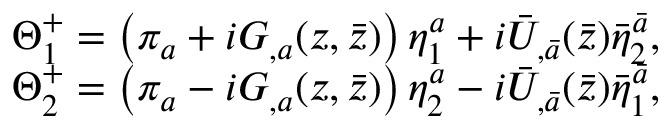
\begin{array} { c } { { \Theta _ { 1 } ^ { + } = \left( \pi _ { a } + i G _ { , a } ( z , \bar { z } ) \right) \eta _ { 1 } ^ { a } + i { \bar { U } } _ { , \bar { a } } ( { \bar { z } } ) { \bar { \eta } } _ { 2 } ^ { \bar { a } } , } } \\ { { \Theta _ { 2 } ^ { + } = \left( \pi _ { a } - i G _ { , a } ( z , \bar { z } ) \right) \eta _ { 2 } ^ { a } - i { \bar { U } } _ { , { \bar { a } } } ( { \bar { z } } ) { \bar { \eta } } _ { 1 } ^ { \bar { a } } , } } \end{array}